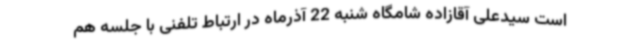
است سیدعلی آقازاده شامگاه شنبه 22 آذرماه در ارتباط تلفنی با جلسه هم